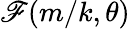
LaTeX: \mathscr{F}(m/k,\theta)